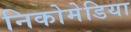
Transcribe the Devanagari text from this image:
निकोमेडिया